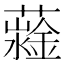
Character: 𧁆